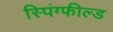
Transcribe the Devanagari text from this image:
स्पिंग्फील्ड